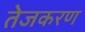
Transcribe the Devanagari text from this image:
तेजकरण